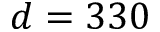
d = 3 3 0